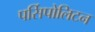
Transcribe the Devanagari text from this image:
पर्सिपोलिटन